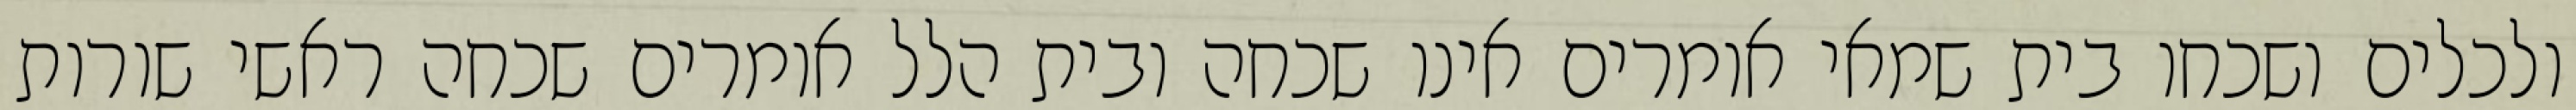
ולכלים ושכחו בית שמאי אומרים אינו שכחה ובית הלל אומרים שכחה ראשי שורות